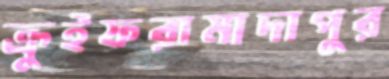
ক্রুইফরামাদাপুর